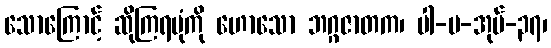
သောကြောင့် ဆိုကြရပုံကို ဟောသော ဘဂ္ဂဇာတက၊ ပါ-ပ-အုပ်-၃၇၊